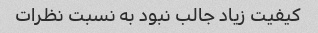
کیفیت زیاد جالب نبود به نسبت نظرات